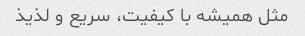
مثل همیشه با کیفیت، سریع و لذیذ